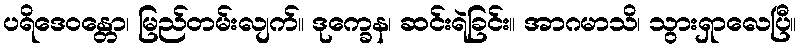
ပရိဒေဝန္တော၊ မြည်တမ်းလျက်။ ဒုက္ခေန၊ ဆင်းရဲခြင်း။ အာဂမာသိ၊ သွားရှာလေပြီ။